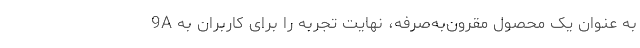
9A به عنوان یک محصول مقرون‌به‌صرفه، نهایت تجربه را برای کاربران به